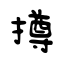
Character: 撙